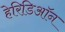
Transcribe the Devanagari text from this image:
हेरिडिऑन